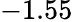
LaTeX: -1.55